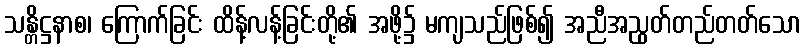
သန္တိဋ္ဌနာစ၊ ကြောက်ခြင်း ထိန့်လန့်ခြင်းတို့၏ အဖို့၌ မကျသည်ဖြစ်၍ အညီအညွတ်တည်တတ်သော